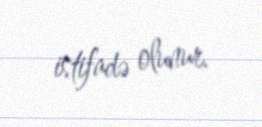
istifadə olunur.